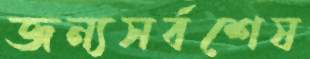
জন্যসর্বশেষ